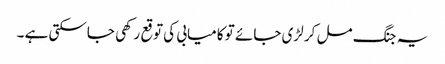
یہ جنگ مل کر لڑی جائے تو کامیابی کی توقع رکھی جاسکتی ہے ۔